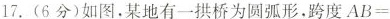
17.(6分)如图，某地有一拱桥为圆弧形，跨度AB=